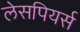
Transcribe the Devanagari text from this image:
लेसपियर्स